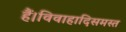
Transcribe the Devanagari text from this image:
हैं।विवाहादिसमस्त